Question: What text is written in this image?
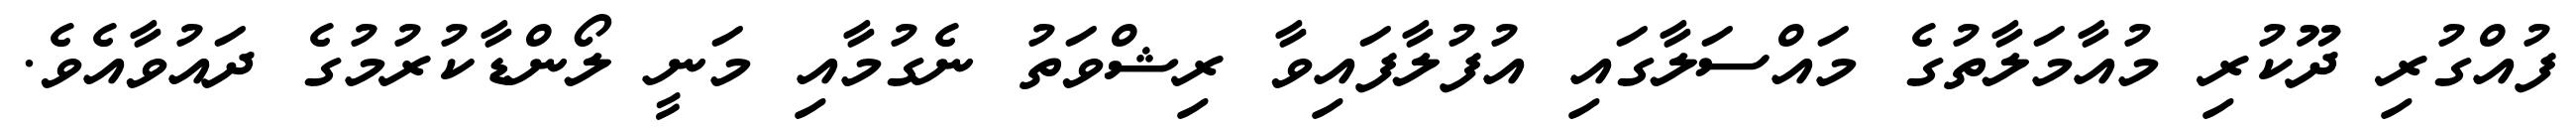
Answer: ފުއްގުރި ދޫކުރި މުއާމަލާތުގެ މައްސަލާގައި އުފުލާފައިވާ ރިޝްވަތު ނެގުމާއި މަނީ ލޯންޑާކުރުމުގެ ދައުވާއެވެ.